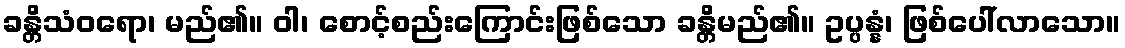
ခန္တိသံဝရော၊ မည်၏။ ဝါ၊ စောင့်စည်းကြောင်းဖြစ်သော ခန္တိမည်၏။ ဥပ္ပန္နံ၊ ဖြစ်ပေါ်လာသော။